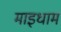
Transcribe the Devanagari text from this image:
माइधाम